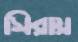
সিরায়